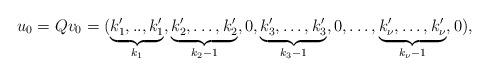
LaTeX: \begin{align*} u_0 = Q v_0 = (\underbrace{k'_1,..,k'_1}_{k_1},\underbrace{k'_2,\ldots,k'_2}_{k_2-1},0,\underbrace{k'_3,\ldots,k'_3}_{k_3-1},0,\ldots,\underbrace{k'_{\nu},\ldots,k'_{\nu}}_{k_{\nu}-1},0), \end{align*}